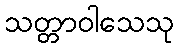
သတ္တာဝါသေသု